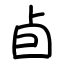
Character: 卣